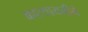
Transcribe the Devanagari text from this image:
कात्यायनीने